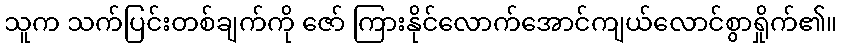
သူက သက်ပြင်းတစ်ချက်ကို ဇော် ကြားနိုင်လောက်အောင်ကျယ်လောင်စွာရှိုက်၏။